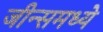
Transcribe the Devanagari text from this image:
जीन्समध्ये